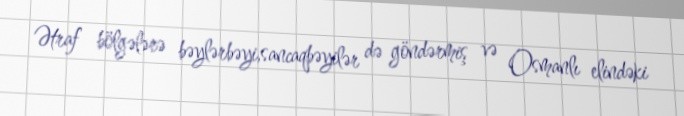
Ətraf bölgələrə bəylərbəyi,sancaqbəyilər də göndərmiş və Osmanlı elindəki